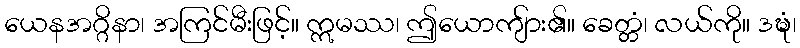
ယေနအဂ္ဂိနာ၊ အကြင်မီးဖြင့်။ ဣမဿ၊ ဤယောကျ်ား၏။ ခေတ္တံ၊ လယ်ကို။ ဒဍ္ဎံ၊